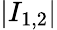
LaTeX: \vert I_{1,2}\vert